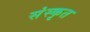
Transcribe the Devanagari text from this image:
संंस्कृृत